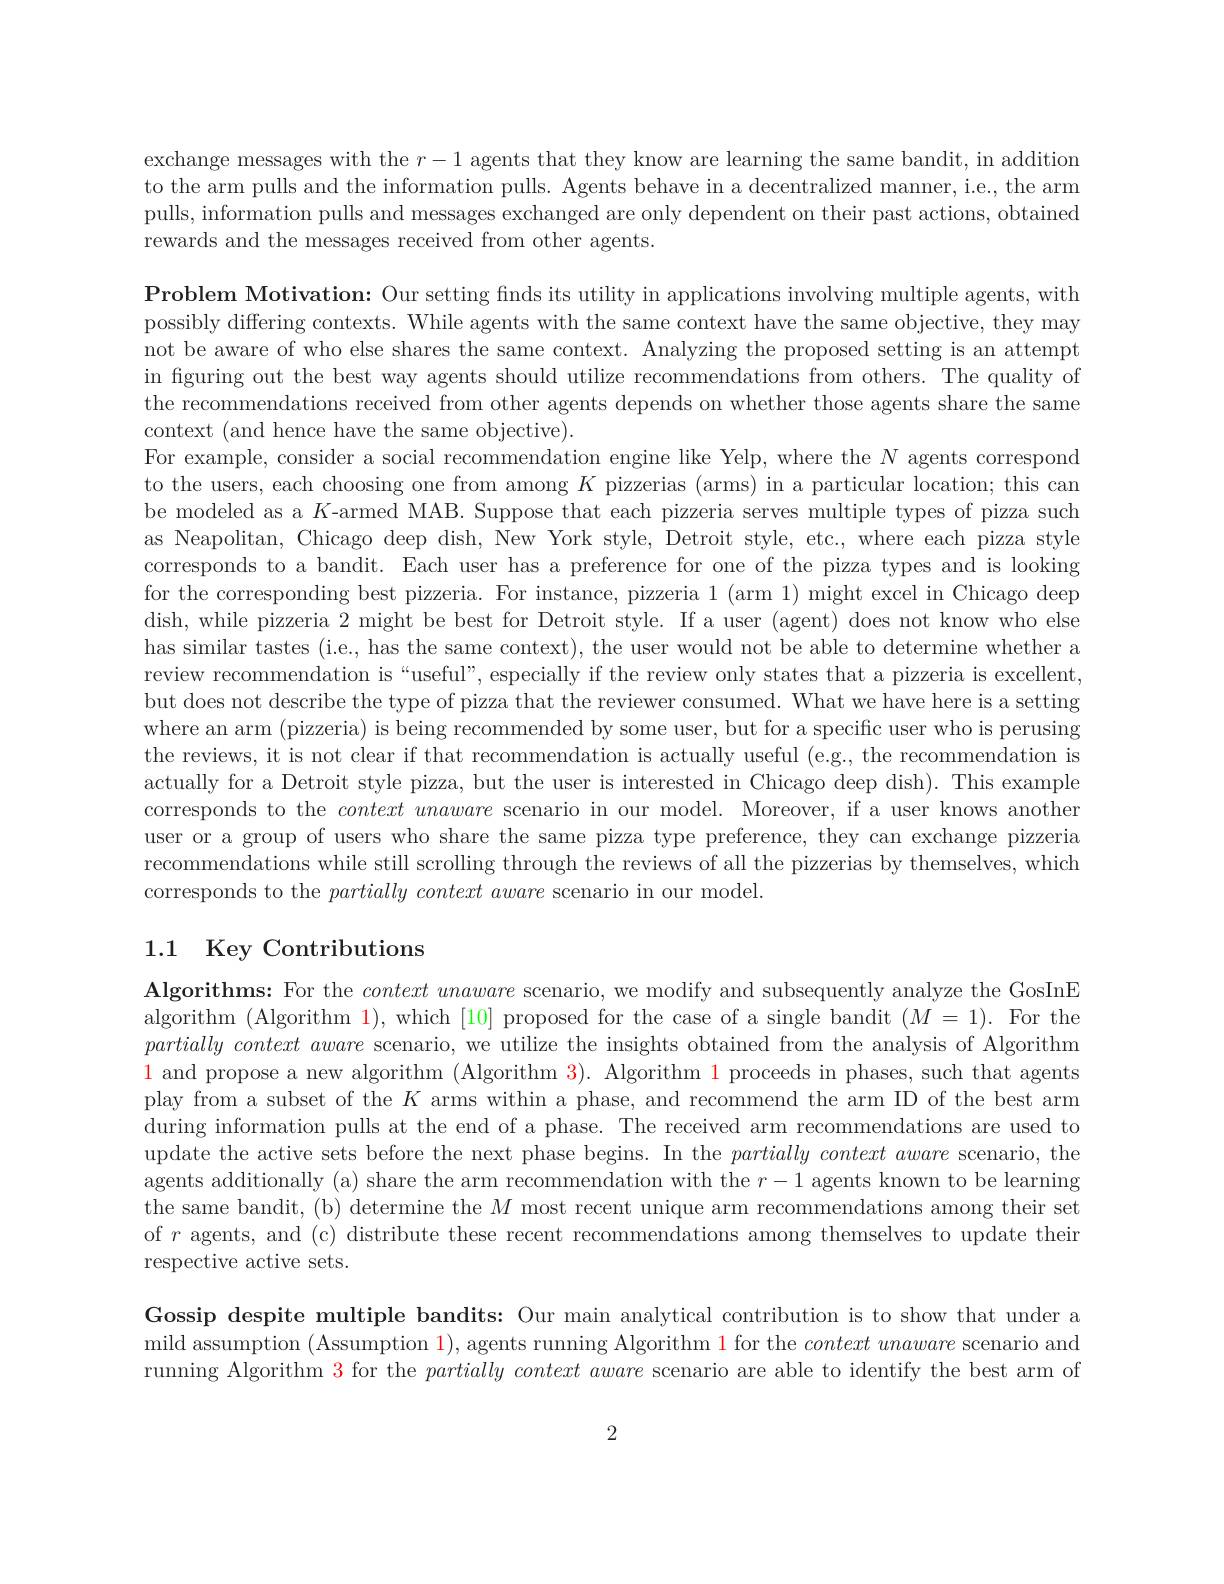
exchange messages with the $r-1$ agents that they know are learning the same bandit, in addition to the arm pulls and the information pulls. Agents behave in a decentralized manner, i.e., the arm pulls, information pulls and messages exchanged are only dependent on their past actions, obtained rewards and the messages received from other agents.

Problem Motivation: Our setting fnds its utility in applications involving multiple agents, with possibly differing contexts. While agents with the same context have the same objective, they may not be aware of who else shares the same context. Analyzing the proposed setting is an attempt in figuring out the best way agents should utilize recommendations from others. The quality of the recommendations received from other agents depends on whether those agents share the same context (and hence have the same objective).
For example, consider a social recommendation engine like Yelp, where the $N$ agents correspond to the users, each choosing one from among $K$ pizzerias (arms) in a particular location; this can be modeled as a $K$-armed MAB. Suppose that each pizzeria serves multiple types of pizza such as Neapolitan, Chicago deep dish, New York style, Detroit style, etc., where each pizza style corresponds to a bandit. Each user has a preference for one of the pizza types and is looking for the corresponding best pizzeria. For instance, pizzeria 1( arm 1) might excel in Chicago deep dish, while pizzeria 2 might be best for Detroit style. If a user (agent) does not know who else has similar tastes (i.e., has the same context), the user would not be able to determine whether a review recommendation is“useful”, especially if the review only states that a pizzeria is excellent, but does not describe the type of pizza that the reviewer consumed. What we have here is a setting where an arm (pizzeria) is being recommended by some user, but for a specific user who is perusing the reviews, it is not clear if that recommendation is actually useful (e.g., the recommendation is actually for a Detroit style pizza, but the user is interested in Chicago deep dish). This example corresponds to the context unaware scenario in our model. Moreover, if a user knows another user or a group of users who share the same pizza type preference, they can exchange pizzeria recommendations while still scrolling through the reviews of all the pizzerias by themselves, which corresponds to the $partially\textit{context aware scenario in our model. }$

## 1.1 Key Contributions

Algorithms: For the context unaware scenario, we modify and subsequently analyze the GosInE algorithm (Algorithm 1), which [10] proposed for the case of a single bandit $(M=1).$ For the partially context aware scenario, we utilize the insights obtained from the analysis of Algorithm 1 and propose a new algorithm (Algorithm 3). Algorithm 1 proceeds in phases, such that agents play from a subset of the $K$ arms within a phase, and recommend the arm ID of the best arm during information pulls at the end of a phase. The received arm recommendations are used to update the active sets before the next phase begins. In the partially context aware scenario, the agents additionally (a) share the arm recommendation with the $r-1$ agents known to be learning the same bandit, (b) determine the $M$ most recent unique arm recommendations among their set of $r$ agents, and (c) distribute these recent recommendations among themselves to update their respective active sets.

Gossip despite multiple bandits: Our main analytical contribution is to show that under a mild assumption (Assumption $\color{red}1)$, agents running Algorithm $\color{red}{1\text{for the }context\text{ unaware scenario and}}$ running Algorithm $\color{red}{3}$ for the $partially\textit{context aware scenario are able to identify the best arm of}$

2